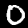
Digit: 0